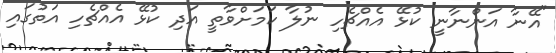
"އޭނާ އަންނާނީ ކުޅޭ އެއްޗެހި ނުލާ ކަމަށްވާތީ އަދި ކުޅޭ އެއްޗެހި އަތުގައި